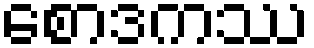
စောဒကဿ